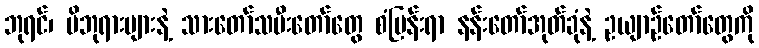
ဘုရင်၊ မိဘုရားများနဲ့ သားတော်သမီးတော်တွေ စံမြန်းရာ နန်းတော်အုတ်ခုံနဲ့ ဥယျာဉ်တော်တွေကို